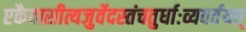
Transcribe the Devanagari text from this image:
एकैवासीत्यजुर्वेदस्तंचतुर्धाःव्यवर्तयत्